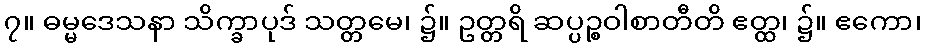
၇။ ဓမ္မဒေသနာ သိက္ခာပုဒ် သတ္တမေ၊ ၌။ ဥတ္တရိ ဆပ္ပဉ္စဝါစာတီတိ ဧတ္ထ၊ ၌။ ဧကော၊